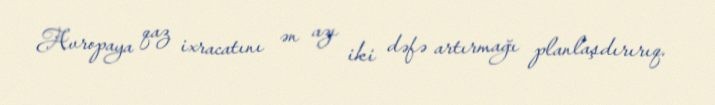
Avropaya qaz ixracatını ən azı iki dəfə artırmağı planlaşdırırıq.